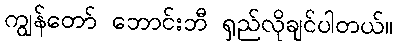
ကျွန်တော် ဘောင်းဘီ ရှည်လိုချင်ပါတယ်။